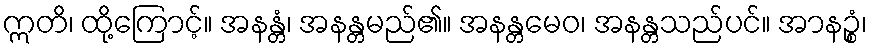
ဣတိ၊ ထို့ကြောင့်။ အနန္တံ၊ အနန္တမည်၏။ အနန္တမေဝ၊ အနန္တသည်ပင်။ အာနဉ္စံ၊